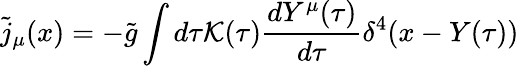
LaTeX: {\tilde{j}}_{\mu}(x)=-{\tilde{g}}\int d\tau{\cal K}(\tau)\frac{dY^{\mu}(\tau)}{d\tau}\delta^{4}(x-Y(\tau))